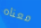
معناه